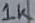
Text: 1K